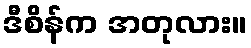
ဒီစိန်က အတုလား။